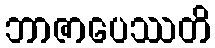
ဘာဇာပေဿတိ